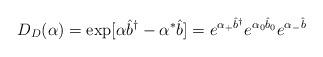
LaTeX: \begin{align*}D_D(\alpha)=\exp[\alpha \hat b^{\dagger} -\alpha^{*}\hat b]=e^{\alpha_{+}\hat b^{\dagger}} e^{\alpha_0 \hat b_0} e^{\alpha_{-}\hat b}\end{align*}